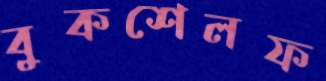
বুকশেলফ